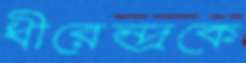
ধীরেন্দ্রকে